Vaccination in Bombay 1869-1873 - 1869-1873
Year: 1869
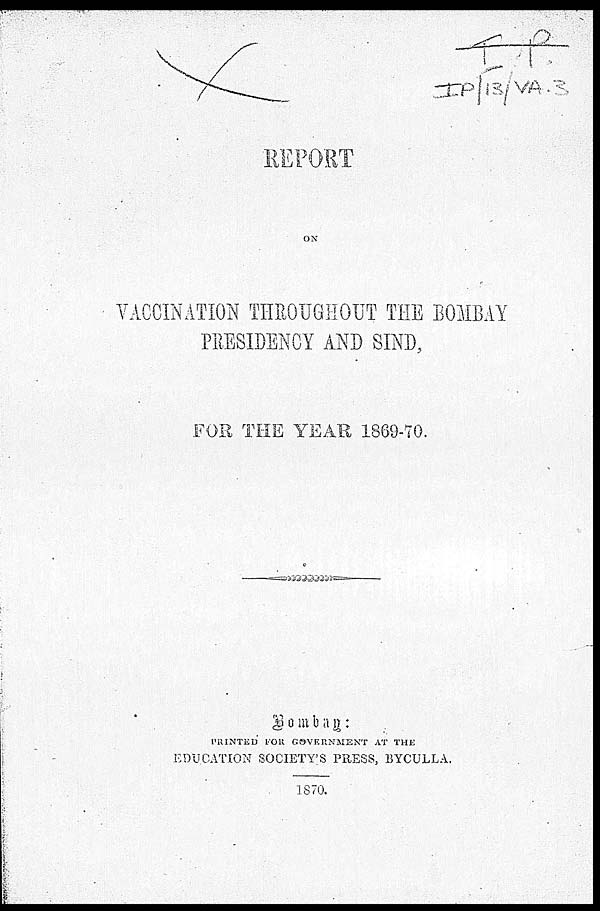
REPORT
ON
VACCINATION THROUGHOUT THE BOMBAY
PRESIDENCY AND SIND,
FOR THE YEAR 1869-70.
Bombay:
PRINTED FOR GOVERNMENT AT THE
EDUCATION SOCIETY'S PRESS, BYCULLA.
1870.